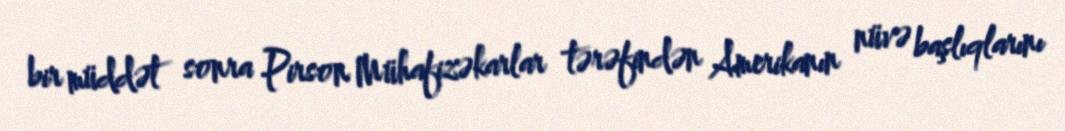
bir müddət sonra Pirson Mühafizəkarlar tərəfindən Amerikanın nüvə başlıqlarını